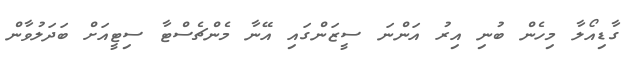
ގާޑިއޯލާ މިހެން ބުނި އިރު އަންނަ ސީޒަންގައި އޭނާ މެންޗެސްޓާ ސިޓީއަށް ބަދަލުވާން